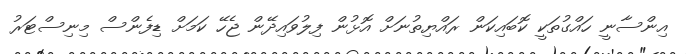
އިންސާނީ ހައްގުތަކީ ކޮބައިކަން ރައްޔިތުނަށް އޮޅުން ފިލުވައިދޭން ޖެހޭ ކަމަށް ޑިފެންސް މިނިސްޓަރު